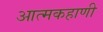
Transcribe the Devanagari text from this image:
आत्मकहाणी